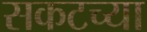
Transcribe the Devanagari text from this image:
सकटच्या